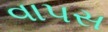
વાપસ